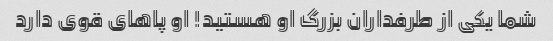
شما یکی از طرفداران بزرگ او هستید! او پاهای قوی دارد